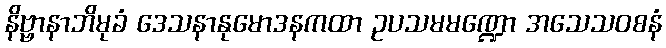
နိဗ္ဗာနာဘိမုခံ ဒေသနာနုမောဒနကထာ ဥပသမမဏ္ဍော အသေသဝစနံ